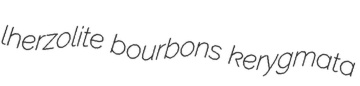
lherzolite bourbons kerygmata